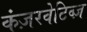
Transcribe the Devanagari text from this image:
कंज़रवेटिब्ज़